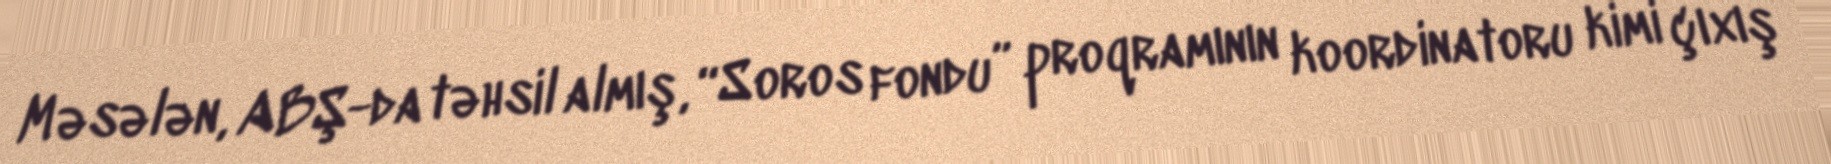
Məsələn, ABŞ-da təhsil almış, “Soros fondu” proqramının koordinatoru kimi çıxış